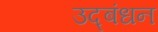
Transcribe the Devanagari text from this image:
उद्‍बंधन